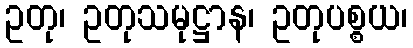
ဥတု၊ ဥတုသမုဋ္ဌာန၊ ဥတုပစ္စယ၊